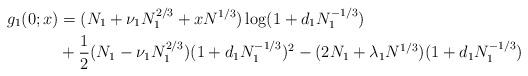
LaTeX: \begin{align*}g_1(0;x)&=(N_1+\nu_1N_1^{2/3}+xN^{1/3})\log(1+d_1N_1^{-1/3})\\&+\frac 12(N_1-\nu_1N_1^{2/3})(1+d_1N_1^{-1/3})^2-(2N_1+\lambda_1N^{1/3})(1+d_1N_1^{-1/3})\end{align*}